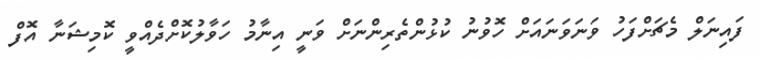
ފައިނަލް މެޗަށްފަހު ވަނަވަނައަށް ހޮވުނު ކުޅުންތެރިންނަށް ވަނީ އިނާމު ހަވާލުކޮށްދެއްވީ ކޮމިޝަނާ އޮފް